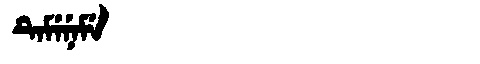
Manchu: ᡨᡝᠮᡝᠨᡝᠮᡝ
Romanization: TEMENEME